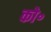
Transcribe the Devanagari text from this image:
को॰